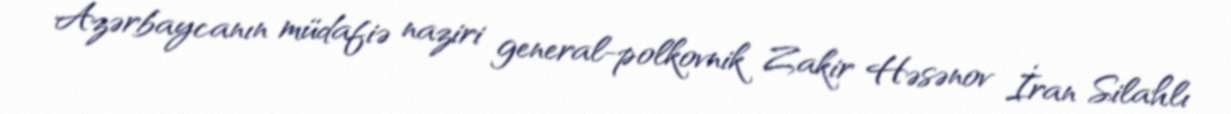
Azərbaycanın müdafiə naziri general-polkovnik Zakir Həsənov İran Silahlı